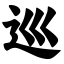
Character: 巡